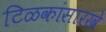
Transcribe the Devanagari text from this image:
टिळकांसारखे